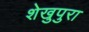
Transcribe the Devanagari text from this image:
शेखुपुरा